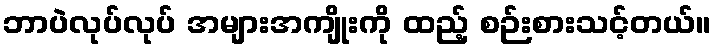
ဘာပဲလုပ်လုပ် အများအကျိုးကို ထည့် စဉ်းစားသင့်တယ်။